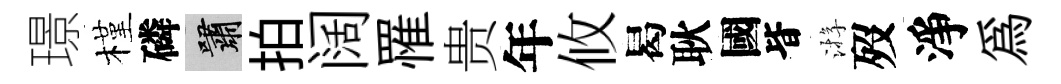
璟槿磷嘯拍阔罹贵年攸曷耿國𣅜㳺歿淨爲